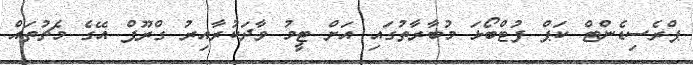
ޕްރެސިޑެންޓް ކަޕް ފުޓްބޯޅަ މުބާރާތުގައި އަށް ޓީމު ވާދަކުރާއިރު ގްރޫޕް އޭގެ މެޗުތައް